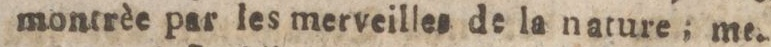
montrèe par les merveilles de la nature; me.